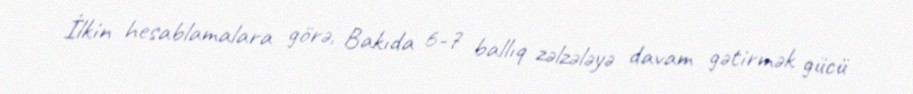
İlkin hesablamalara görə, Bakıda 6-7 ballıq zəlzələyə davam gətirmək gücü